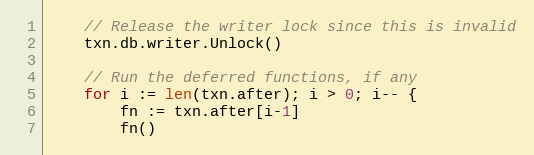
Language: Go
	// Release the writer lock since this is invalid
	txn.db.writer.Unlock()

	// Run the deferred functions, if any
	for i := len(txn.after); i > 0; i-- {
		fn := txn.after[i-1]
		fn()